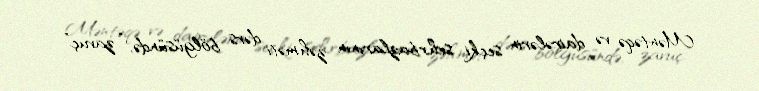
Məntəqə və dairələrin seçki sehrbazlarının zəhməti dərs bölgüsündə, “zavuç”